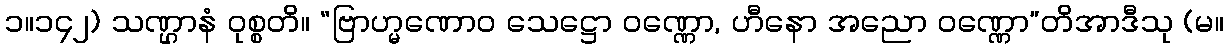
၁။၁၄၂) သဏ္ဌာနံ ဝုစ္စတိ။ “ဗြာဟ္မဏောဝ သေဋ္ဌော ဝဏ္ဏော, ဟီနော အညော ဝဏ္ဏော”တိအာဒီသု (မ။